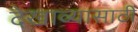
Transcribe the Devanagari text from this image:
देखाव्यासाठी